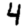
Digit: 4